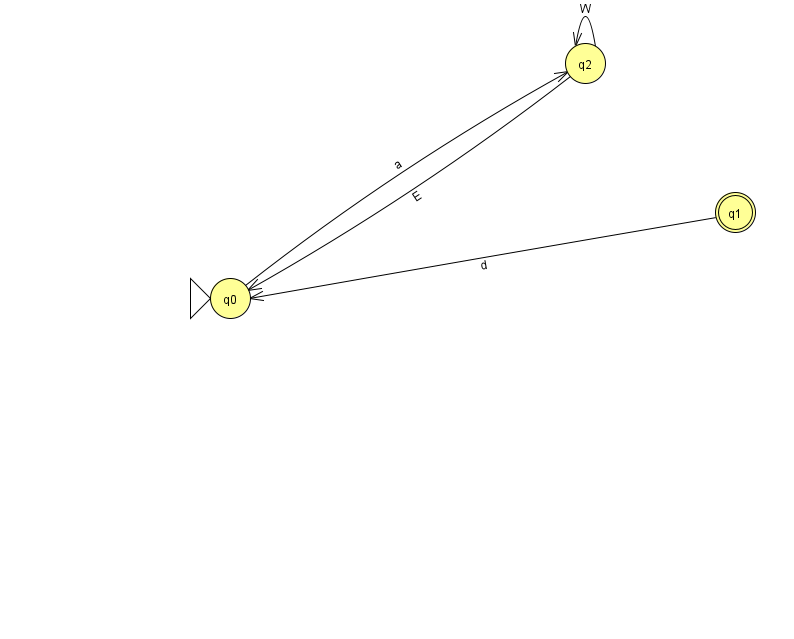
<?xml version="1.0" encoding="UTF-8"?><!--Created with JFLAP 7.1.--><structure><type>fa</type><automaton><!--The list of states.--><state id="0" name="q0"><x>230.0</x><y>285.0</y><initial/></state><state id="1" name="q1"><x>735.0</x><y>199.0</y><final/></state><state id="2" name="q2"><x>585.0</x><y>50.0</y></state><!--The list of transitions.--><transition><from>1</from><to>0</to><read>d</read></transition><transition><from>0</from><to>2</to><read>a</read></transition><transition><from>2</from><to>0</to><read>E</read></transition><transition><from>2</from><to>2</to><read>W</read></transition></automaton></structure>